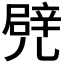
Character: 𠒱